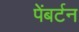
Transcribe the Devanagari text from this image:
पेंबर्टन